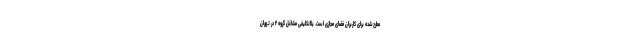
مطرح‌شده برای کاربران فضای مجازی است. بلاتکلیفی مشاغل گروه ۲ در تهران